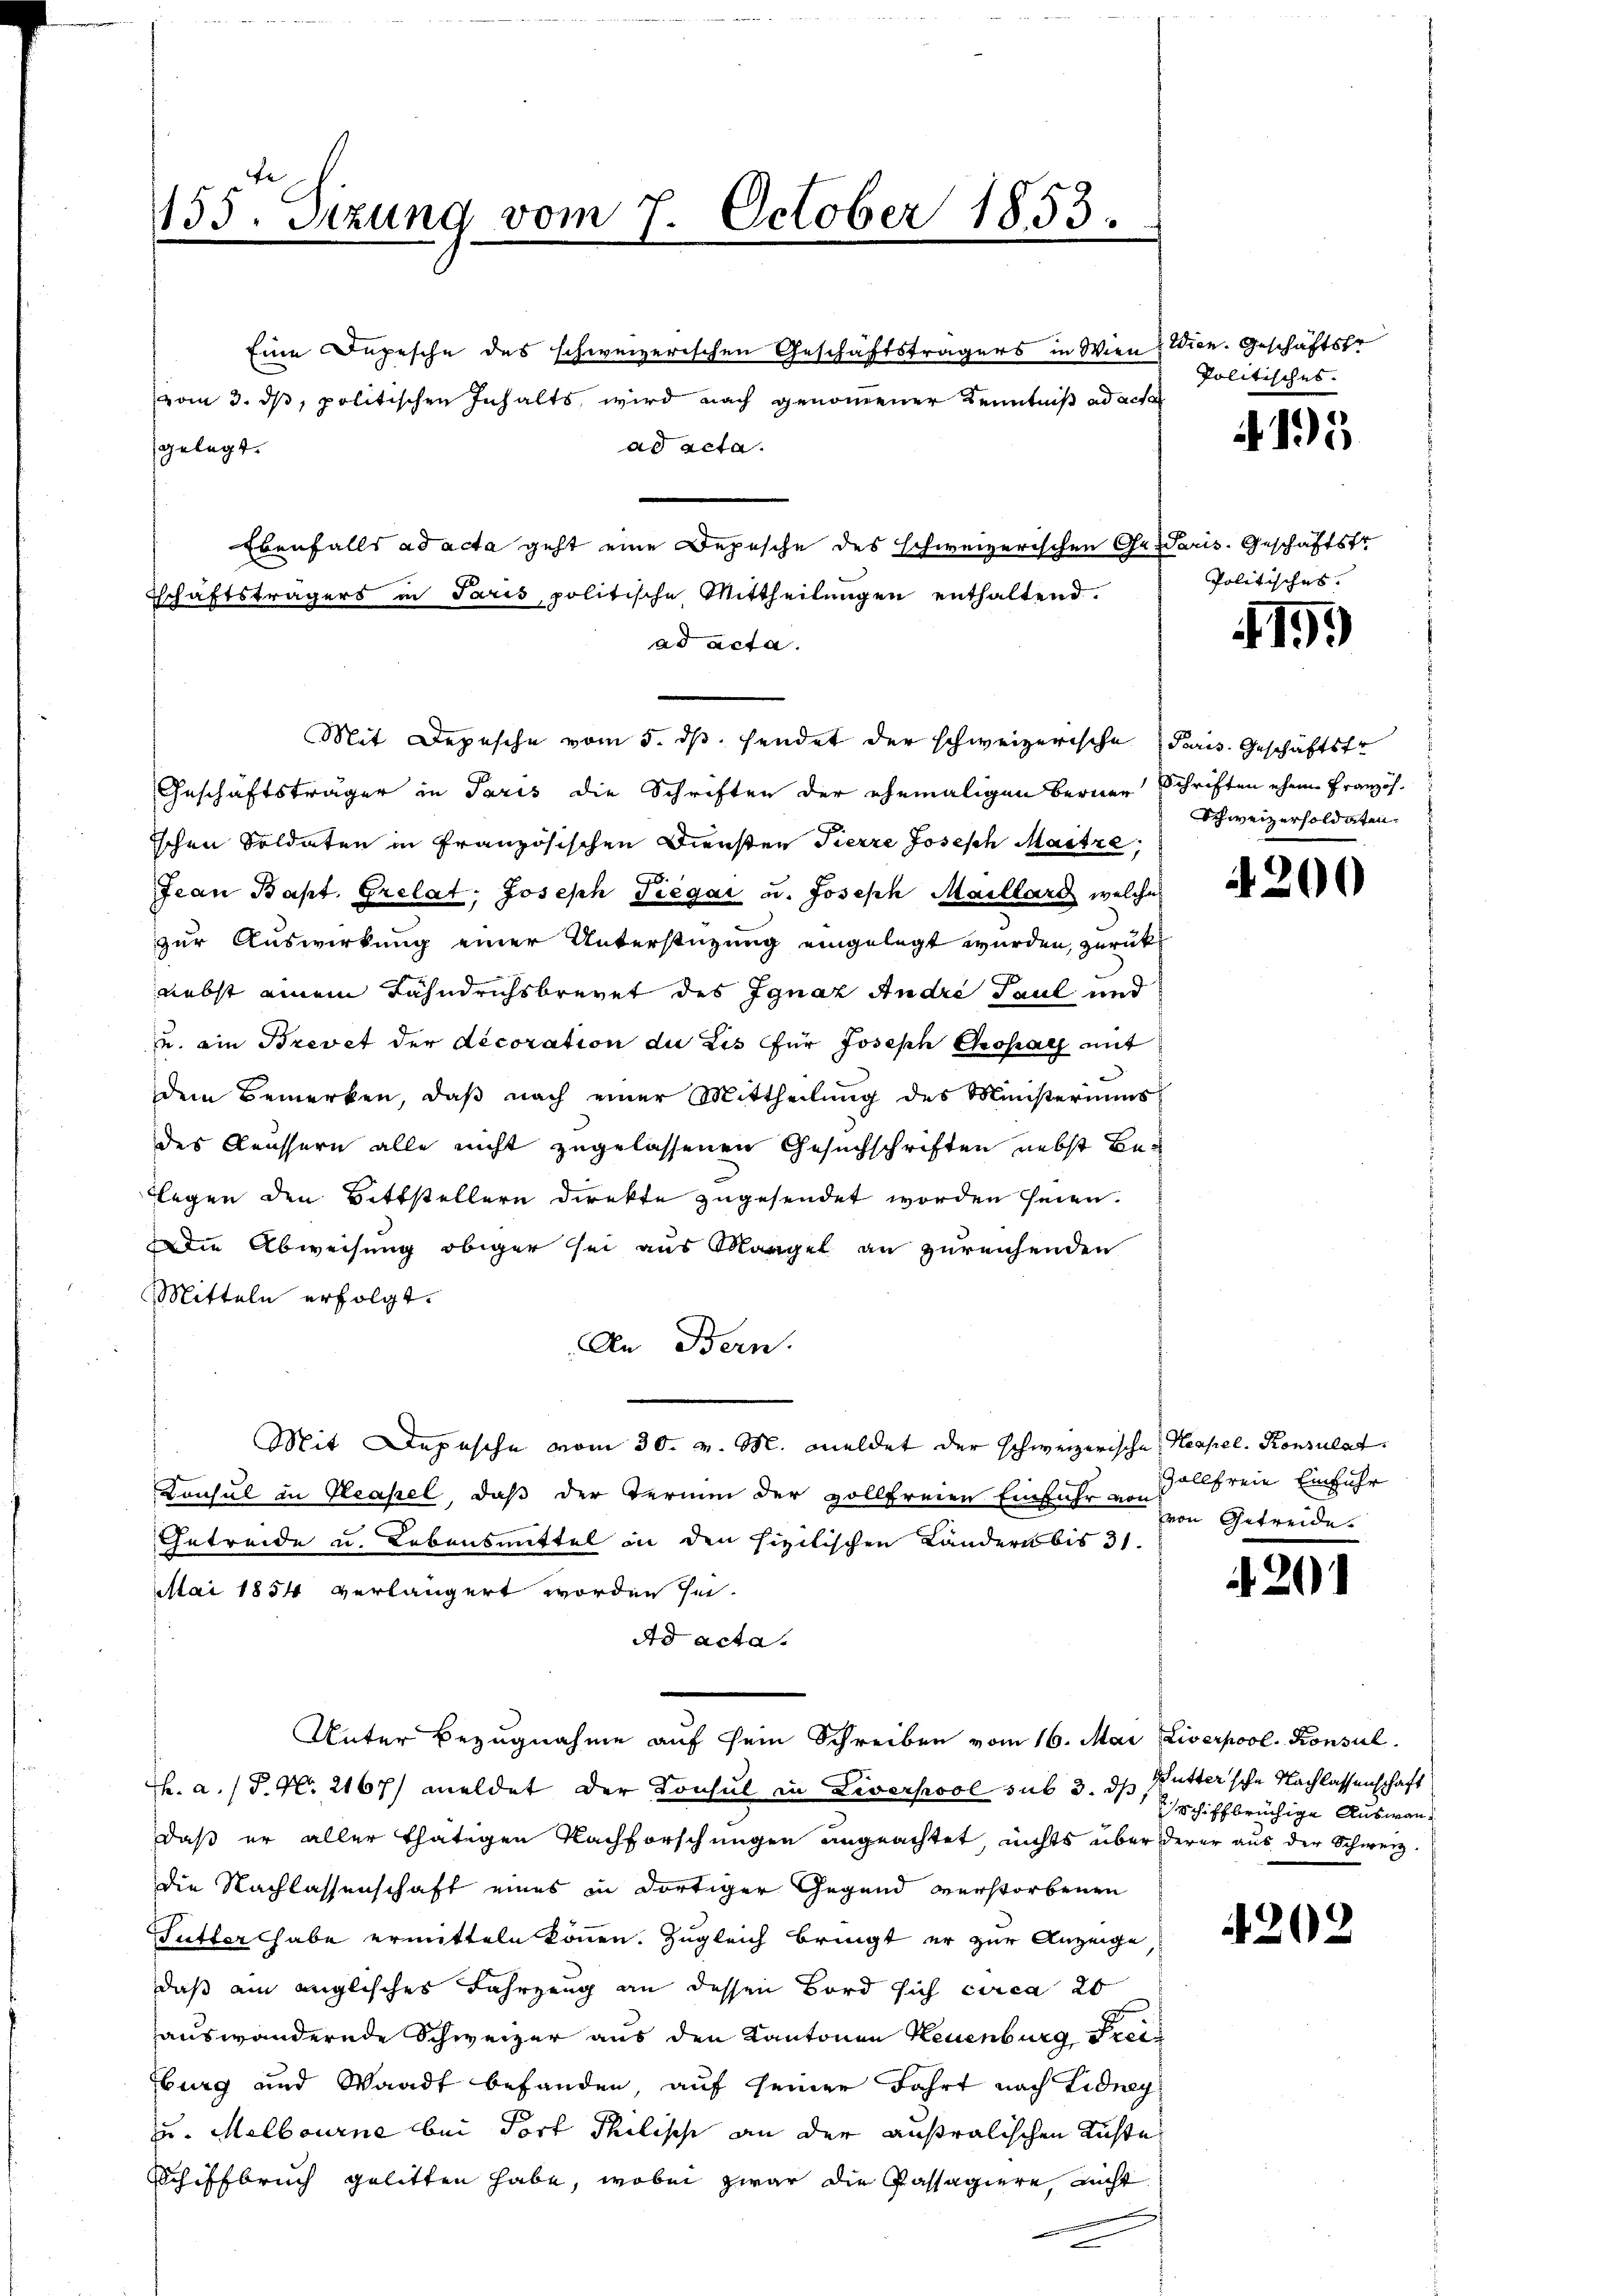
155. Sizung vom 7. October 1855.

von 3. ds, politischen Inhalts wird nach genommener Kenntniß ad acte
ad acta.
Ebenfalls ad acta geht eine Depesche des schweizerischen Gesaris. Geschäftstr
Tschaftsträgers in Paris politische Mittheilŭngen enthaltend.
ad acta.
Mit Depesche vom 5. ds. sendet der schweizerische Paris Geschäftstr
Geschäftsträger in Paris die Schriften der ehemaligen Berner Schriften eher Französ.
ichen Soldaten in französischen Diensten Pierre Joseph Maitre,
Jean Bapt. Grelat. Joseph Siegar u. Joseph Maillard welche
zur Auswirkung einer Unterstützung eingelegt wurden, zurücknebst einem Fahndrichsbrevet des Ignaz Andre Paul und
u. ein Brevet der decoration du Lis für Joseph Chohac mit
dem Bemerken, daß nach einer Mittheilung des Ministeriums
des Aeussern alle nicht zugelassenen Gesuchschriften nebst Be¬
Legen den Bittstellern direkte zugesendet worden seien.
die Abweisung obiger sei aus Morgel an zureichenden
Mitteln erfolgt.
An Bern.
Mit Depesche vom 30. v. M. meldet der schweizerische Neapel. Konsulat
Consul in Hasel, daß der Termin der vollfreien Einfuhr von
Getreide u. Lebensmittel in den sizilischen Ländern bis 31.
Mai 1854 verlängert worden sei.
Ad acta.
Unter Bezugnahme auf sein Schreiben vom 16. Mai Liverpool. Konsul
Th. a. P. Nr. 2167) meldet der Konsul in Liverpool sub 3. ds Buttersche Nachlassenschaft
daß er aller thätigen Nachforschungen angeachtet, nichts über derer aus der Schweiz.
die Nachlassenschaft eines in dortiger Gegend verstorbenen
Futter habe ermitteln können. Zugleich bringt er zur Anzeige
daß am englisches Fahrzeug an dessen Bord sich circa 20
auswandernde Schweizer aus den Kantonen Neuenburg Freiburg und Waadt befanden, auf seiner Fahrt nach Lidney
u. Melbourne bei Torf Philische an der ausralischen Richte
Schiffbruch gelitten habe, wobei zwar die Kassagiere, nicht

gelegt.

Eine Depesche des schweizerischen Geschäftsträgers in Wien Wien. Geschäftstr

Politisches.

4195

Politisches.

19.

Schweizerholdaten.

4200

Gollfreie Einfuhr
von Getreide.

20

schiffbrüchige Auswan¬

4202